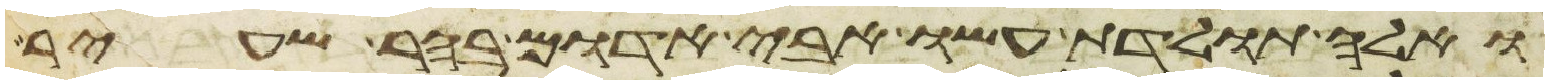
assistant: ואלה תולדת עשו אבי אדום בהר שעיר